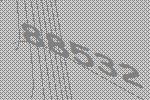
88532